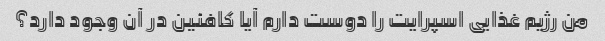
من رژیم غذایی اسپرایت را دوست دارم آیا کافئین در آن وجود دارد؟